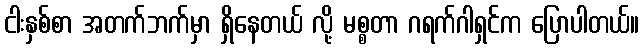
ငါးနှစ်စာ အတက်ဘက်မှာ ရှိနေတယ် လို့ မစ္စတာ ဂရက်ဂါရှင်က ပြောပါတယ်။